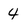
Character: 4